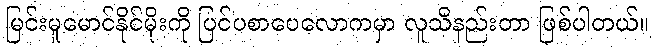
မြင်းမူမောင်နိုင်မိုးကို ပြင်ပစာပေလောကမှာ လူသိနည်းတာ ဖြစ်ပါတယ်။